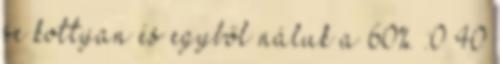
se kottyan és egyből náluk a 60%. :0 40